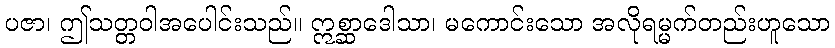
ပဇာ၊ ဤသတ္တဝါအပေါင်းသည်။ ဣစ္ဆာဒေါသာ၊ မကောင်းသော အလိုရမ္မက်တည်းဟူသော